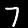
Label: 7